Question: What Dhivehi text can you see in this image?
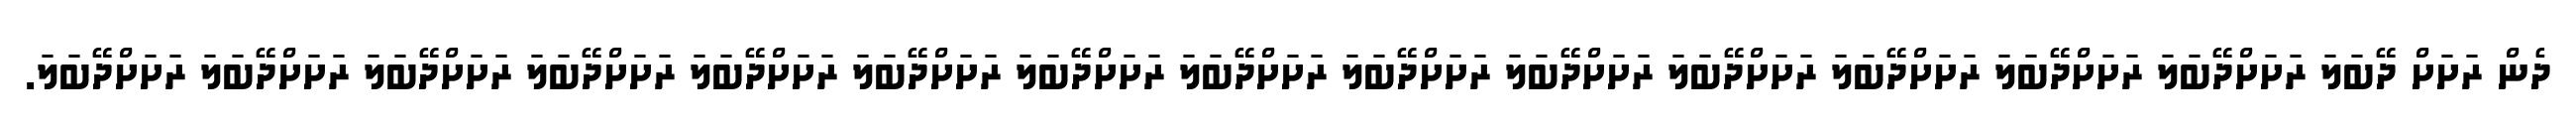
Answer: ދެން ރަށަށް ދޭބަލަ ރަށަށްދޭބަލަ ރަށަށްދޭބަލަ ރަށަށްދޭބަލަ ރަށަށްދޭބަލަ ރަށަށްދޭބަލަ ރަށަށްދޭބަލަ ރަށަށްދޭބަލަ ރަށަށްދޭބަލަ ރަށަށްދޭބަލަ ރަށަށްދޭބަލަ ރަށަށްދޭބަލަ ރަށަށްދޭބަލަ ރަށަށްދޭބަލަ ރަށަށްދޭބަލަ.